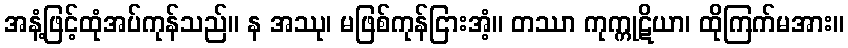
အနံ့ဖြင့်ထုံအပ်ကုန်သည်။ န အဿု၊ မဖြစ်ကုန်ငြားအံ့။ တဿာ ကုက္ကုဋိယာ၊ ထိုကြက်မအား။